Annual statistical returns and brief notes on vaccination in Bengal - 1896-1909
Year: 1896
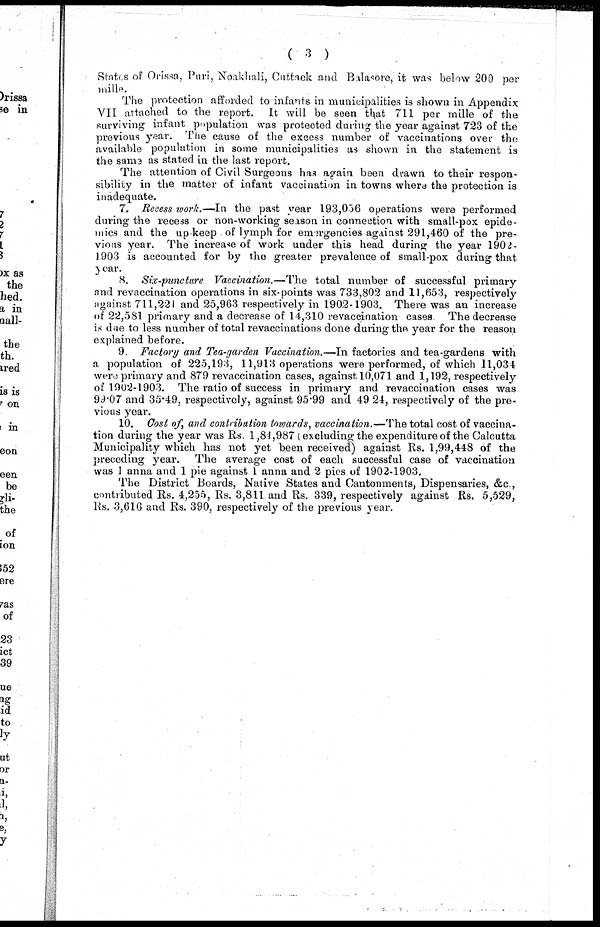
( 3 )
States of Orissa, Puri, Noakhali, Cuttack and Balasore, it was below 200 per
mille.
The protection afforded to infants in municipalities is shown in Appendix
VII attached to the report. It will be seen that 711 per mille of the
surviving infant population was protected during the year against 723 of the
previous year. The cause of the excess number of vaccinations over the
available population in some municipalities as shown in the statement is
the same as stated in the last report.
The attention of Civil Surgeons has again been drawn to their respon-
sibility in the matter of infant vaccination in towns where the protection is
inadequate.
7. Recess work.—In the past year 193,056 operations were performed
during the recess or non-working season in connection with small-pox epide-
mies and the up keep of lymph for emergencies against 291,460 of the pre-
vious year. The increase of work under this head during the year 1902-
1903 is accounted for by the greater prevalence of small-pox during that
year.
8. Six-puncture Vaccination.—The total number of successful primary
and revaccination operations in six-points was 733,802 and 11,653, respectively
against 711,221 and 25,963 respectively in 1902-1903. There was an increase
of 22,581 primary and a decrease of 14,310 revaccination cases. The decrease
is due to less number of total revaccinations done during the year for the reason
explained before.
9. Factory and Tea-garden Vaccination.—In factories and tea-gardens with
a population of 225,193, 11,913 operations were performed, of which 11,034
were primary and 879 revaccination cases, against 10,071 and 1,192, respectively
of 1902-1903. The ratio of success in primary and revaccination cases was
99.07 and 35.49, respectively, against 95.99 and 49.24, respectively of the pre-
vious year.
10. Cost of, and contribution towards, vaccination.—The total cost of vaccina-
tion during the year was Rs. 1,84,987 (excluding the expenditure of the Calcutta
Municipality which has not yet been received) against Rs. 1,99,448 of the
preceding year. The average cost of each successful case of vaccination
was 1 anna and 1 pie against 1 anna and 2 pies of 1902-1903.
The District Boards, Native States and Cantonments, Dispensaries, &c.,
contributed Rs. 4,255, Rs. 3,811 and Rs. 339, respectively against Rs. 5,529,
Rs. 3,616 and Rs. 390, respectively of the previous year.